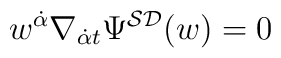
w^{{\dot \alpha}}\nabla _{{\dot \alpha}t}\Psi ^{{\cal SD}}(w)=0